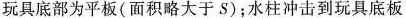
玩具底部为平板(面积略大于S)；水柱冲击到玩具底板